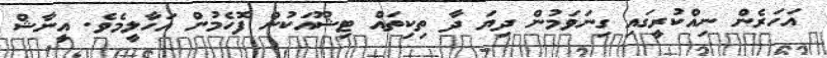
އަހަރެން ނިއްކުރީގައި ގިނަވަމުން ދިޔަ ދާ ތިކިތައް ޓިޝޫއަކުން ފޮހެމުން އަހާލީމެވެ. އީނާޝް